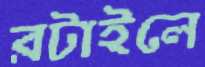
রটাইলে